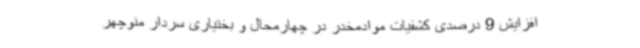
افزایش 9 درصدی کشفیات موادمخدر در چهارمحال و بختیاری سردار منوچهر